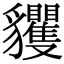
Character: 貜